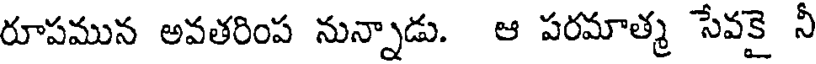
రూపమున అవతరింప నున్నాడు. ఆ పరమాత్మ సేవకై నీ